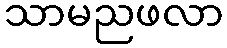
သာမညဖလာ